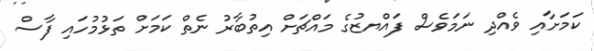
ކަމަށާއި ވެއްދި ނަމަވެސް ފައްޔޒުގެ މައްޗަށް އިތުބާރު ނެތް ކަމަށް ތަޅުމުހައި ފާސް